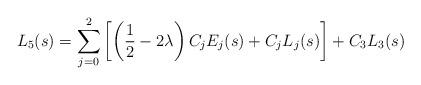
LaTeX: \begin{align*}L_5(s) &= \sum_{j=0}^2 \left[ \left( \frac{1}{2} - 2 \lambda \right) C_j E_j(s)+ C_j L_j(s) \right]+ C_3 L_3(s)\end{align*}